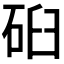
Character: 𰦹